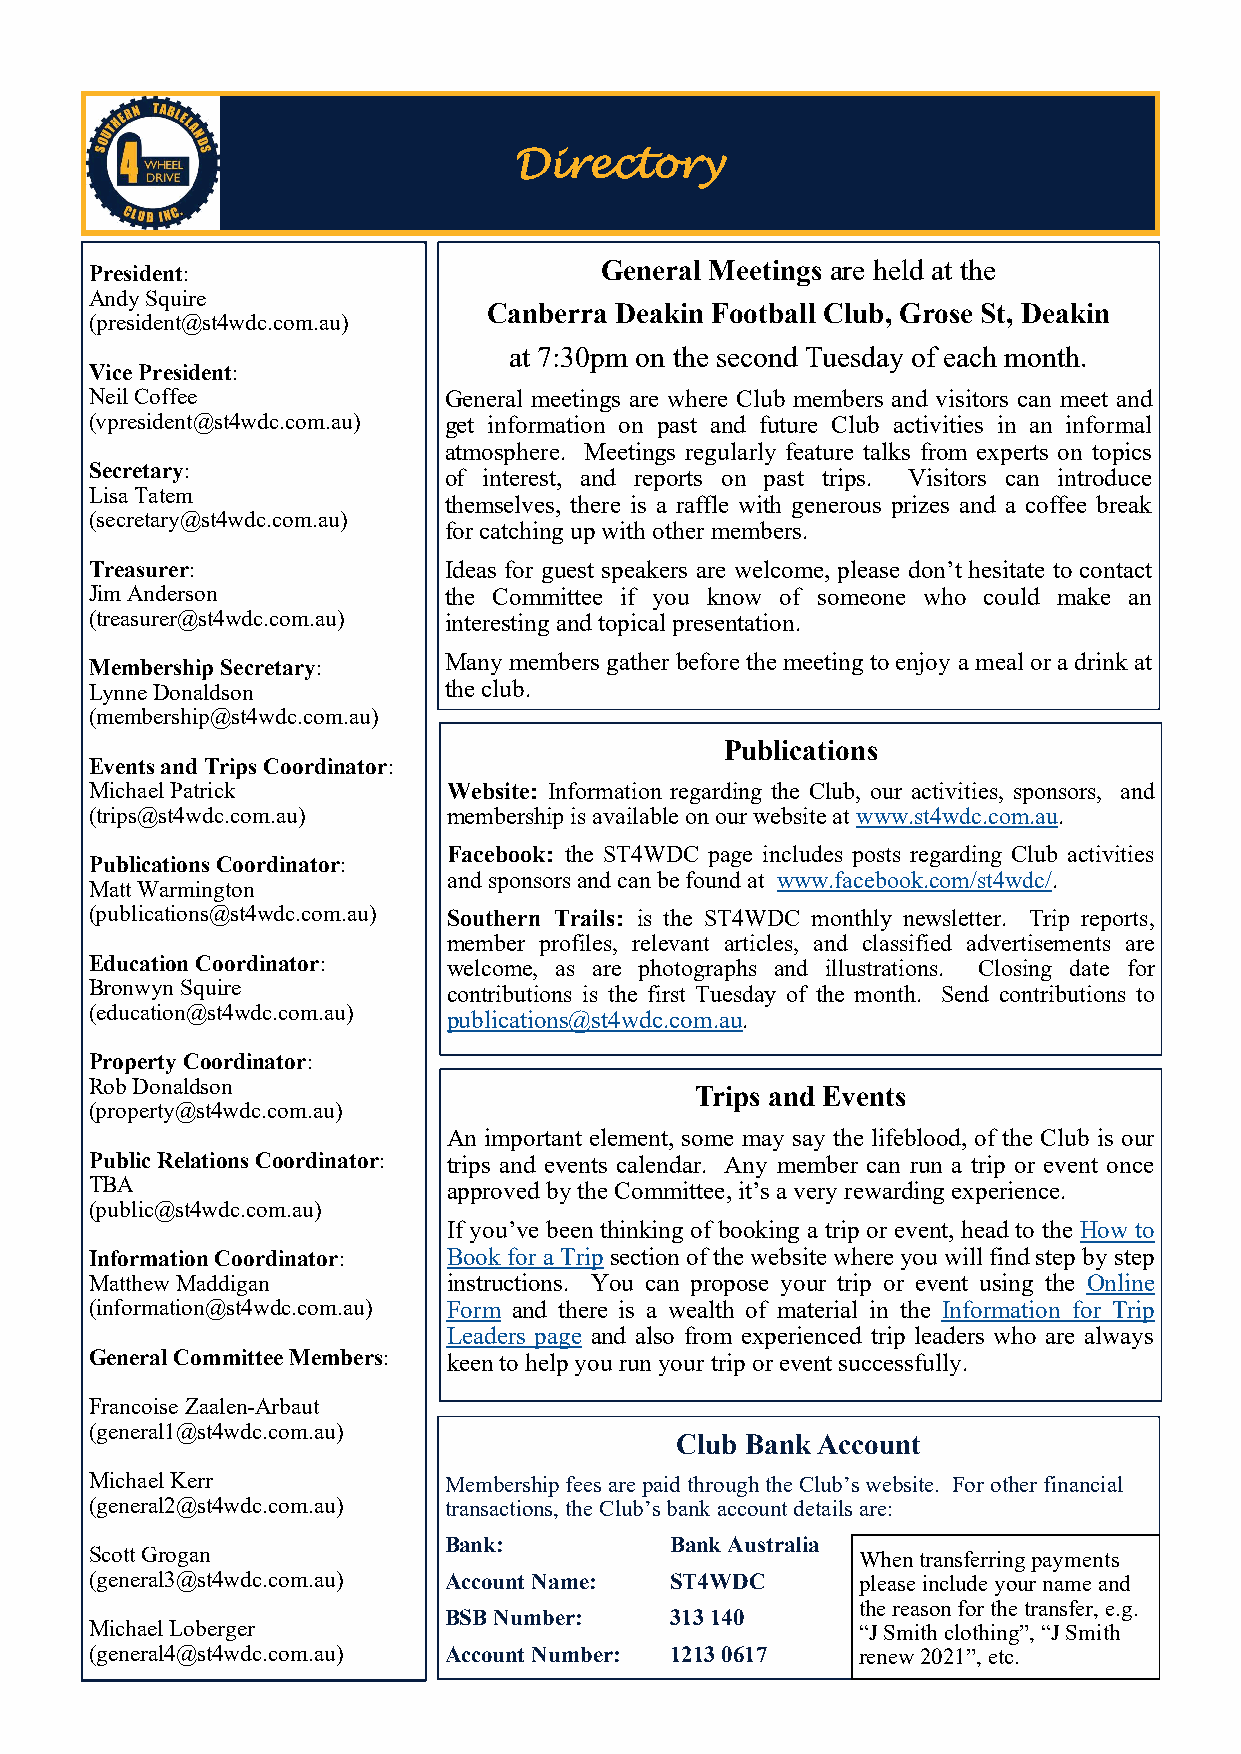
Directory
 President:                        General Meetings are held at the
 Andy Squire
 Canberra Deakin Football Club, Grose St, Deakin
 (president@st4wdc.com.au)
 at 7:30pm on the second Tuesday of each month.
 Vice President:
 Neil Coffee            General meetings are where Club members and visitors can meet and
 (vpresident@st4wdc.com.au) get information on past and future Club activities in an informal
 atmosphere. Meetings regularly feature talks from experts on topics
 Secretary:
 of interest, and reports on past trips. Visitors can introduce
 Lisa Tatem
 themselves, there is a raffle with generous prizes and a coffee break
 (secretary@st4wdc.com.au)
 for catching up with other members.
 Treasurer:             Ideas for guest speakers are welcome, please don’t hesitate to contact
 Jim Anderson           the Committee if you know of someone who could make an
 (treasurer@st4wdc.com.au) interesting and topical presentation.
 Many members gather before the meeting to enjoy a meal or a drink at
 Membership Secretary:
 Lynne Donaldson        the club.
 (membership@st4wdc.com.au)
 Publications
 Events and Trips Coordinator:
 Michael Patrick         Website: Information regarding the Club, our activities, sponsors, and
 (trips@st4wdc.com.au)   membership is available on our website at www.st4wdc.com.au.
 Facebook: the ST4WDC page includes posts regarding Club activities
 Publications Coordinator:
 and sponsors and can be found at www.facebook.com/st4wdc/.
 Matt Warmington
 (publications@st4wdc.com.au) Southern Trails: is the ST4WDC monthly newsletter. Trip reports,
 member profiles, relevant articles, and classified advertisements are
 Education Coordinator:  welcome, as are photographs and illustrations. Closing date for
 Bronwyn Squire          contributions is the first Tuesday of the month. Send contributions to
 (education@st4wdc.com.au)
 publications@st4wdc.com.au.
 Property Coordinator:
 Rob Donaldson
 Trips and Events
 (property@st4wdc.com.au)
 An important element, some may say the lifeblood, of the Club is our
 Public Relations Coordinator: trips and events calendar. Any member can run a trip or event once
 TBA                     approved by the Committee, it’s a very rewarding experience.
 (public@st4wdc.com.au)
 If you’ve been thinking of booking a trip or event, head to the How to
 Information Coordinator: Book for a Trip section of the website where you will find step by step
 Matthew Maddigan        instructions. You can propose your trip or event using the Online
 (information@st4wdc.com.au) Form and there is a wealth of material in the Information for Trip
 Leaders page and also from experienced trip leaders who are always
 General Committee Members: keen to help you run your trip or event successfully.
 Francoise Zaalen-Arbaut
 (general1@st4wdc.com.au)
 Club Bank Account
 Michael Kerr           Membership fees are paid through the Club’s website. For other financial
 (general2@st4wdc.com.au) transactions, the Club’s bank account details are:
 Bank:          Bank Australia
 Scott Grogan                                       When transferring payments
 (general3@st4wdc.com.au) Account Name: ST4WDC      please include your name and
 the reason for the transfer, e.g.
 BSB Number:    313 140
 Michael Loberger                                   “J Smith clothing”, “J Smith
 (general4@st4wdc.com.au) Account Number: 1213 0617 renew 2021”, etc.